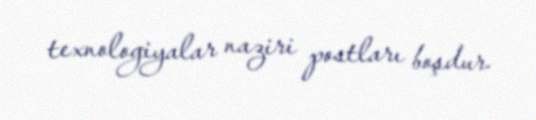
texnologiyalar naziri postları boşdur.